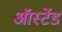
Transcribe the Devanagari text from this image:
ऑर्स्टेड